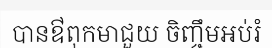
បានឳពុកមាជួយ ចិញ្ចឹមអប់រំ